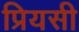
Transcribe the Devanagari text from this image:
प्रियसी